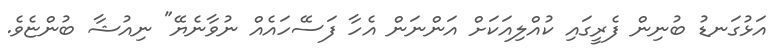
އަޅުގަނޑު ބުނިން ފެރީގައި ކުއްލިއަކަށް އަންނަން އެހާ ފަސޭހައެއް ނުވާނެޔޭ" ނިއުޝާ ބުންޏެވެ.